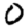
Digit: 0